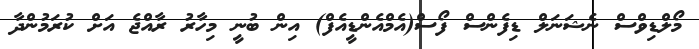
މޯލްޑިވްސް ނެޝަނަލް ޑިފެންސް ފޯސް(އެމްއެންޑީއެފް) އިން ބުނީ މިހާރު ރާއްޖެ އަށް ކުރަމުންދާ